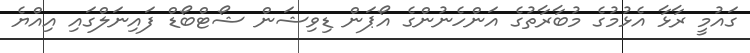
ގައުމީ ރާޅާ އެޅުމުގެ މުބާރާތުގެ އަންހެނުންގެ އޯޕަން ޑިވިޝަން ޝޯޓްބޯޑް ފައިނަލްގައި އިއްޔެ